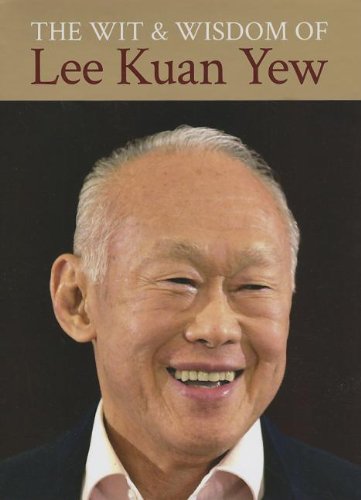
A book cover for The Wit and Wisdom of Lee Kuan Yew; Kuan Yew Lee; Biographies & Memoirs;